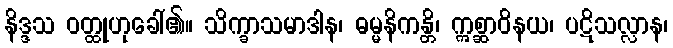
နိဒ္ဒသ ဝတ္ထုဟုခေါ်၏။ သိက္ခာသမာဒါန၊ ဓမ္မနိကန္တိ၊ ဣစ္ဆာဝိနယ၊ ပဋိသလ္လာန၊